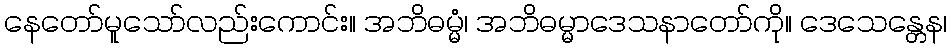
နေတော်မူသော်လည်းကောင်း။ အဘိဓမ္မံ၊ အဘိဓမ္မာဒေသနာတော်ကို။ ဒေသေန္တေန၊